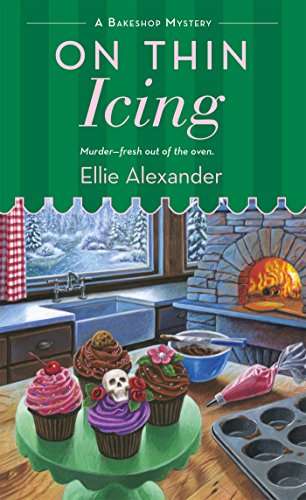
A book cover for On Thin Icing (A Bakeshop Mystery); Ellie Alexander; Mystery, Thriller & Suspense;